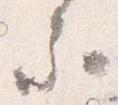
る